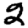
Digit: 2